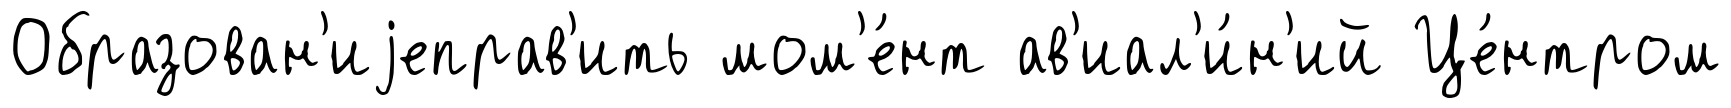
Образован'иjеправ'ить мом'е́нт ав'иал'и́н'ий Це́нтром